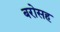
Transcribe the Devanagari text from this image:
बरोसह